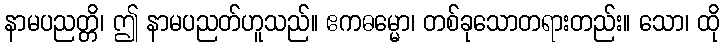
နာမပညတ္တိ၊ ဤ နာမပညတ်ဟူသည်။ ဧကဓမ္မော၊ တစ်ခုသောတရားတည်း။ သော၊ ထို